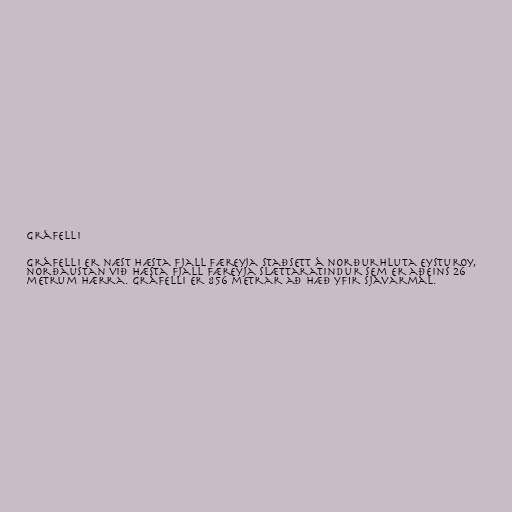
Gráfelli

Gráfelli er næst hæsta fjall Færeyja staðsett á norðurhluta Eysturoy,
norðaustan við hæsta fjall Færeyja Slættaratindur sem er aðeins 26
metrum hærra. Gráfelli er 856 metrar að hæð yfir sjávarmál.